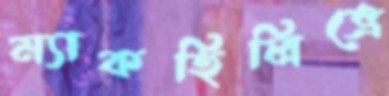
ম্যাকহিলিভ্রে